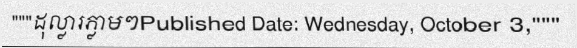
"""ដុល្លារភ្លាមៗPublished Date: Wednesday, October 3,"""